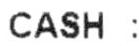
CASH :